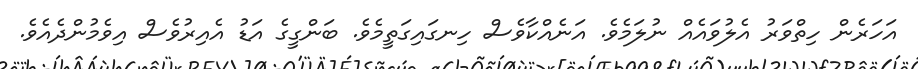
އަހަރެން ހިތްވަރު އެލުވައެއް ނުލަމެވެ. އަނެއްކާވެސް ހިނގައިގަތީމެވެ. ބަންގީގެ އަޑު އެއިރުވެސް އިވެމުންދެއެވެ.